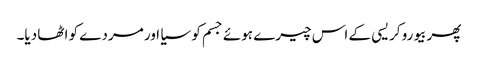
پھر بیورو کریسی کے اس چیرے ہوئے جسم کو سیا اور مردے کو اٹھا دیا۔